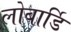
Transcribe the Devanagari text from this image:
लोबार्डि